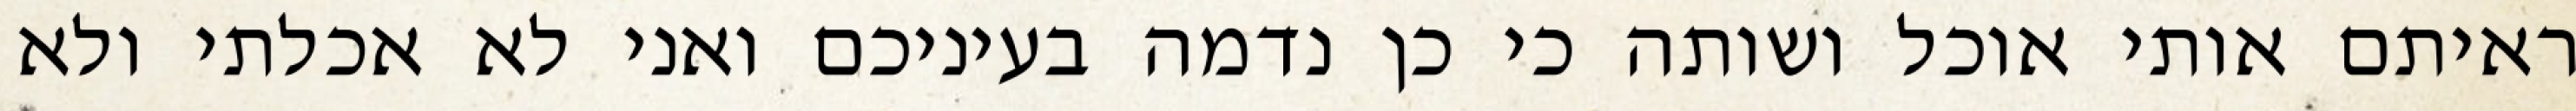
ראיתם אותי אוכל ושותה כי כן נדמה בעיניכם ואני לא אכלתי ולא